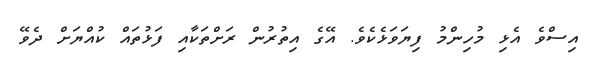
އިސްވެ އެޅި މުހިންމު ފިޔަވަޅެކެވެ. އޭގެ އިތުރުން ރަށްތަކާއި ފަޅުތައް ކުއްޔަށް ދެވޭ